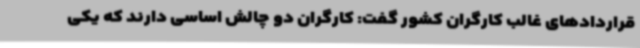
قراردادهای غالب کارگران کشور گفت: کارگران دو چالش اساسی دارند که یکی